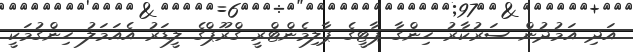
އަދި އަމުދުން ސަރުކާރު ހިންގާ ޕާޓީގެ ޕާލިމެންޓްރީ ގްރޫޕްގެ ލީޑަރު އެއަމަލު ހިންގުމަކީ